Proceedings of the meeting of veterinary officers in India
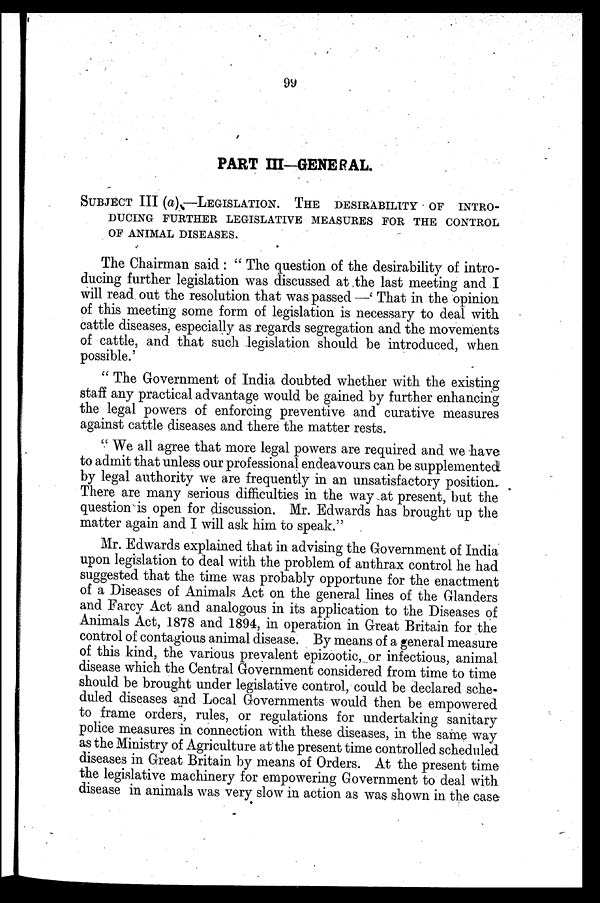
99
PART III-GENERAL.
SUBJECT III (a)—LEGISLATION.
THE DESIRABILITY OF INTRO-
------ FURTHER LEGISLATIVE MEASURES FOR THE CONTROL
OF ANIMAL DISEASES.
The Chairman said : " The question of the desirability of intro-
ducing further legislation was discussed at the last meeting and I
will read out the resolution that was passed —' That in the opinion
of this meeting some form of legislation is necessary to deal with
cattle diseases, especially as regards segregation and the movements
of cattle, and that such legislation should be introduced, when
possible.'
" The Government of India doubted whether with the existing
staff any practical advantage would be gained by further enhancing
the legal powers of enforcing preventive and curative measures
against cattle diseases and there the matter rests.
" We all agree that more legal powers are required and we have
to admit that unless our professional endeavours can be supplemented
by legal authority we are frequently in an unsatisfactory position.
There are many serious difficulties in the way at present, but the
question is open for discussion. Mr. Edwards has brought up the
matter again and I will ask him to speak."
Mr. Edwards explained that in advising the Government of India
upon legislation to deal with the problem of anthrax control he had
suggested that the time was probably opportune for the enactment
of a Diseases of Animals Act on the general lines of the Glanders
and Farcy Act and analogous in its application to the Diseases of
Animals Act, 1878 and 1894, in operation in Great Britain for the
control of contagious animal disease. By means of a general measure
of this kind, the various prevalent epizootic, or infectious, animal
disease which the Central Government considered from time to time
should be brought under legislative control, could be declared sche-
duled diseases and Local Governments would then be empowered
to frame orders, rules, or regulations for undertaking sanitary
police measures in connection with these diseases, in the same way
as the Ministry of Agriculture at the present time controlled scheduled
diseases in Great Britain by means of Orders. At the present time
the legislative machinery for empowering Government to deal with
disease in animals was very slow in action as was shown in the case